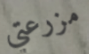
مزرعتي